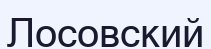
Лосовский